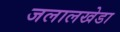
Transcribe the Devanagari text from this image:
जलालखेडा